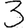
Digit: 3